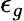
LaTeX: \epsilon_{g}